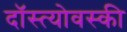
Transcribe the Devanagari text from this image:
दॉस्त्योवस्की